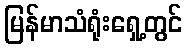
မြန်မာသံရုံးရှေ့တွင်